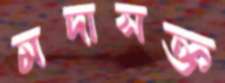
মদাসক্ত